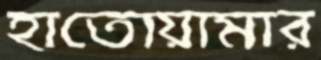
হাতোয়ামার